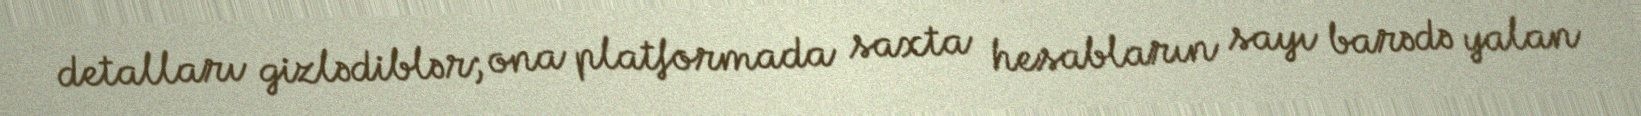
detalları gizlədiblər; ona platformada saxta hesabların sayı barədə yalan